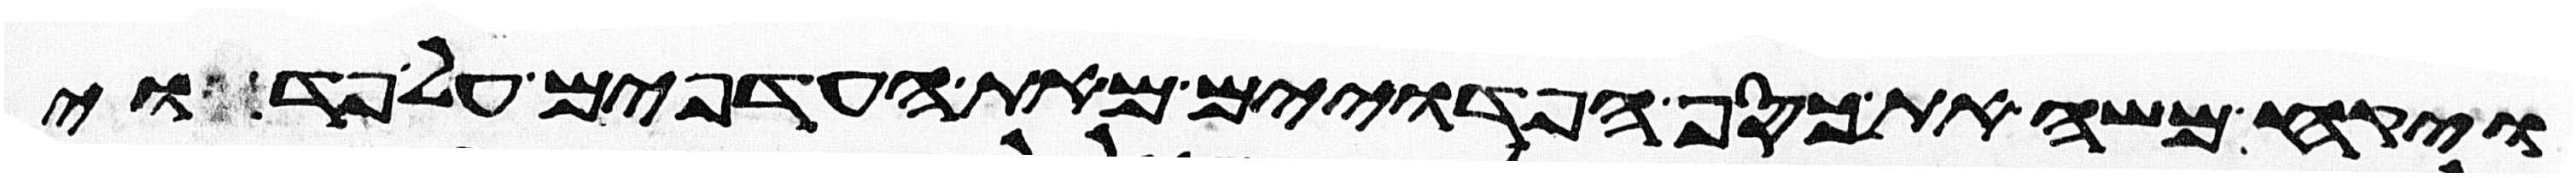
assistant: ויקח משה את כסף הפדוים מאת העדפים על פדוי